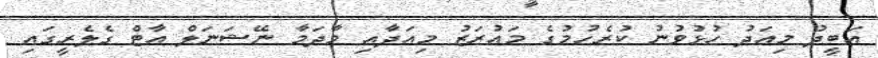
އަބީދު މިއަދު ހުޅުވުނު ކުރެހުމުގެ މައުރަޒު މިއަދާއި މާދަމާ ނޭޝަނަލް އާޓް ގެލެރީގައި